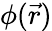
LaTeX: \phi(\vec{r})